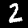
Digit: 2